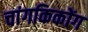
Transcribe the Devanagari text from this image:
चांगकिकोंग